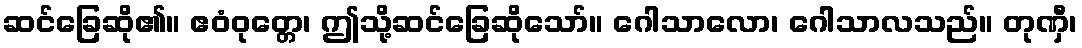
ဆင်ခြေဆို၏။ ဧဝံဝုတ္တေ၊ ဤသို့ဆင်ခြေဆိုသော်။ ဂေါသာလော၊ ဂေါသာလသည်။ တုဏှီ၊